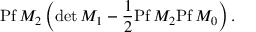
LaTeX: \mathrm { P f } \, M _ { 2 } \left( \mathrm { d e t } \, M _ { 1 } - \frac { 1 } { 2 } \mathrm { P f } \, M _ { 2 } \mathrm { P f } \, M _ { 0 } \right) .